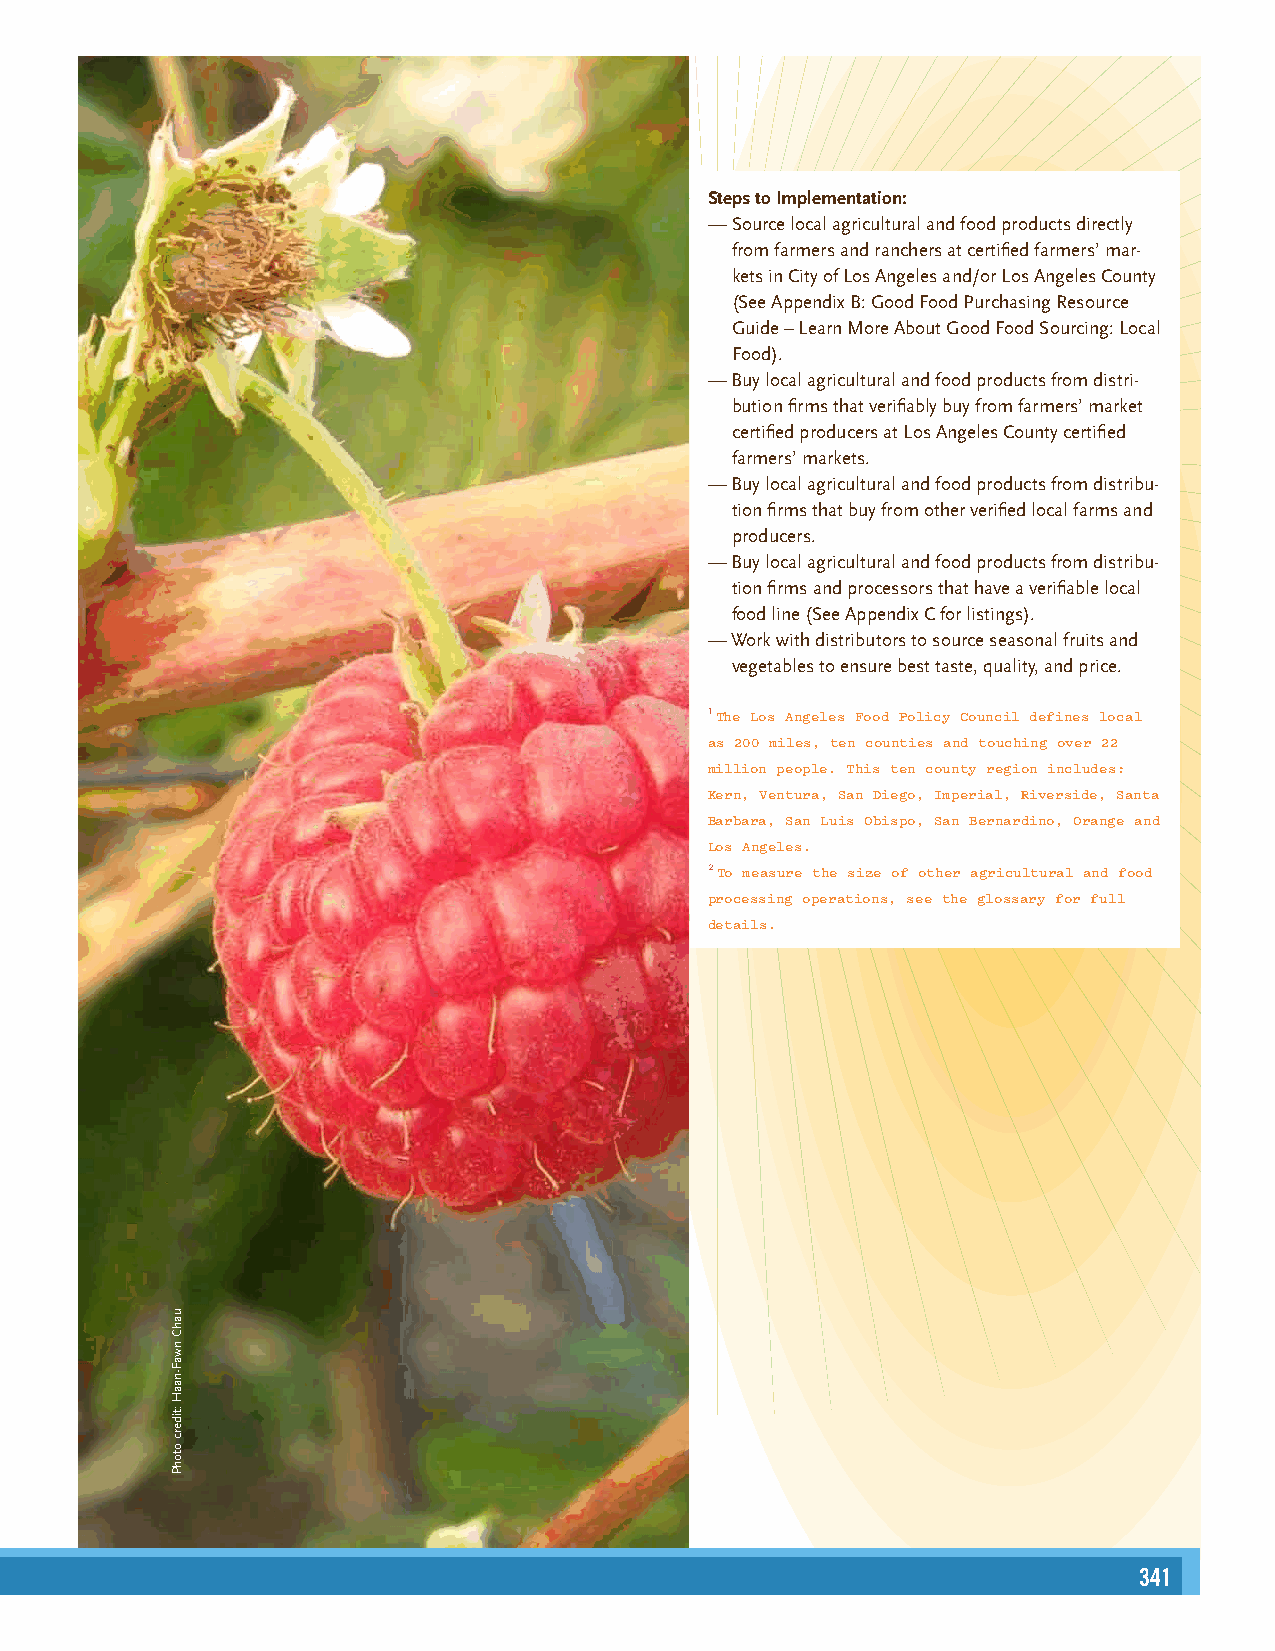
Steps to Implementation:
 — Source local agricultural and food products directly
 from farmers and ranchers at certified farmers’ mar-
 kets in City of Los Angeles and/or Los Angeles County
 (See Appendix B: Good Food Purchasing Resource
 Guide – Learn More About Good Food Sourcing: Local
 Food).
 — Buy local agricultural and food products from distri-
 bution firms that verifiably buy from farmers’ market
 certified producers at Los Angeles County certified
 farmers’ markets.
 — Buy local agricultural and food products from distribu-
 tion firms that buy from other verified local farms and
 producers.
 — Buy local agricultural and food products from distribu-
 tion firms and processors that have a verifiable local
 food line (See Appendix C for listings).
 — Work with distributors to source seasonal fruits and
 vegetables to ensure best taste, quality, and price.
 1 The Los Angeles Food Policy Council defines local
 as 200 miles, ten counties and touching over 22
 million people. This ten county region includes:
 Kern, Ventura, San Diego, Imperial, Riverside, Santa
 Barbara, San Luis Obispo, San Bernardino, Orange and
 Los Angeles.
 2 To measure the size of other agricultural and food
 processing operations, see the glossary for full
 details.
 17
 341
 uahC
 nwaF-naaH
 :tiderc
 otohP